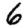
Digit: 6